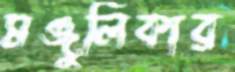
মঞ্জুলিকার